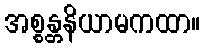
အစ္စန္တနိယာမကထာ။